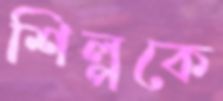
শিল্পকে